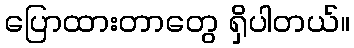
ပြောထားတာတွေ ရှိပါတယ်။